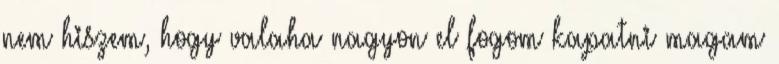
nem hiszem, hogy valaha nagyon el fogom kapatni magam